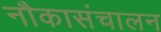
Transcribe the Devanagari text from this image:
नौकासंचालन